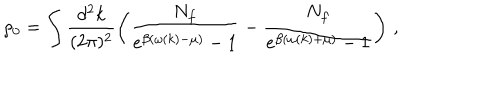
\rho _ { 0 } = \int \frac { d ^ { 2 } k } { ( 2 \pi ) ^ { 2 } } \left( \frac { N _ { f } } { e ^ { \beta ( \omega ( k ) - \mu ) } - 1 } - \frac { N _ { f } } { e ^ { \beta ( \omega ( k ) + \mu ) } - 1 } \right) \, ,